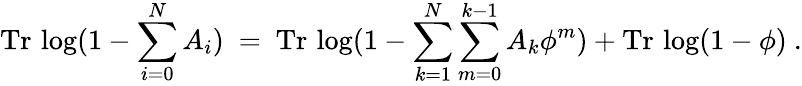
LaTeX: \mathrm{Tr}\, \log(1-\sum_{i=0}^{N}A_{i})~=~\mathrm{Tr}\, \log(1-\sum_{k=1}^{N}\sum_{m=0}^{k-1}A_{k}\phi^{m})+\mathrm{Tr}\, \log(1-\phi)~.